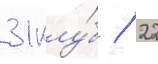
31 клу́б / 22